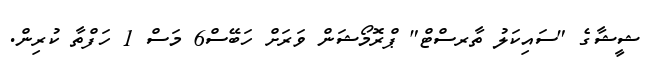
ޝީޝާގެ "ސައިކަލު ތާރސްޓް" ޕްރޮމޯޝަން ވަރަށް ހަބޭސް6 މަސް 1 ހަފްތާ ކުރިން.